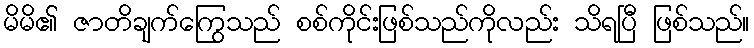
မိမိ၏ ဇာတိချက်ကြွေသည် စစ်ကိုင်းဖြစ်သည်ကိုလည်း သိရပြီ ဖြစ်သည်။